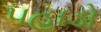
પહાડો